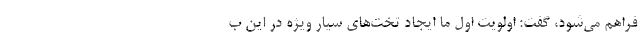
فراهم می‌شود، گفت: اولویت اول ما ایجاد تخت‌های سیار ویژه در این ب